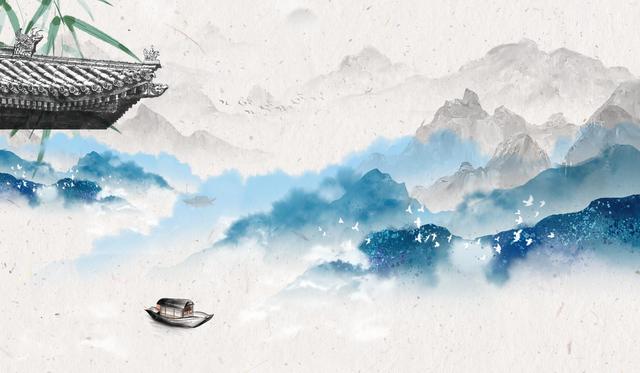
并刀如水，吴盐胜雪，纤手破新橙。